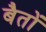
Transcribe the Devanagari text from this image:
बैतों